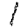
Digit: 1